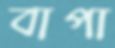
বাপা